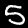
Label: 5